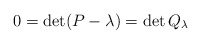
\begin{align*}0=\det (P-\lambda ) = \det Q_{\lambda }\end{align*}